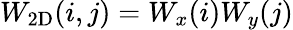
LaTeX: W_{\mathrm{2D}}(i,j)=W_{x}(i)W_{y}(j)